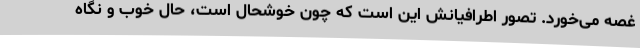
غصه می‌خورد. تصور اطرافیانش این است که چون خوشحال است، حال خوب و نگاه